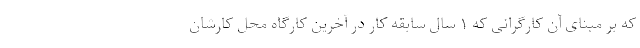
که بر مبنای آن کارگرانی که ۱ سال سابقه کار در آخرین کارگاه محل کارشان